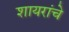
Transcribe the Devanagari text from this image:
शायरांचे